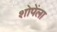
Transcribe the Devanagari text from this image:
शोपेंला